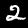
Digit: 2